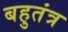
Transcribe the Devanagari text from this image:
बहुतंत्र